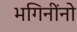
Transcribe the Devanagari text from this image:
भगिनींनो